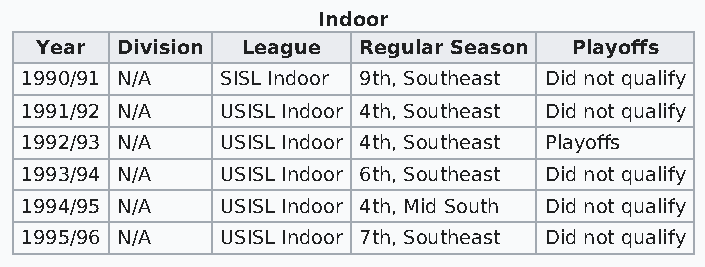
Indoor
 Year  Division League Regular Season Playoffs
 1990/91 N/A   SISL Indoor 9th, Southeast Did not qualify
 1991/92 N/A   USISL Indoor 4th, Southeast Did not qualify
 1992/93 N/A   USISL Indoor 4th, Southeast Playoffs
 1993/94 N/A   USISL Indoor 6th, Southeast Did not qualify
 1994/95 N/A   USISL Indoor 4th, Mid South Did not qualify
 1995/96 N/A   USISL Indoor 7th, Southeast Did not qualify